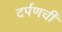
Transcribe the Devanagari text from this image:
दर्पणची